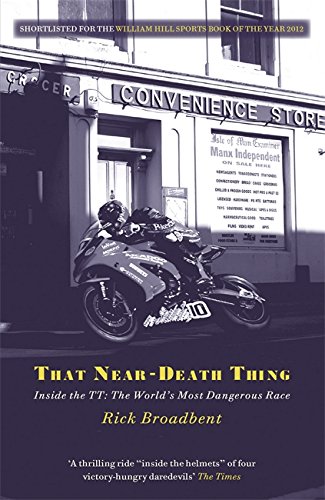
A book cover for That Near-Death Thing: Inside the TT: The World's Most Dangerous Race; Rick Broadbent; Sports & Outdoors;